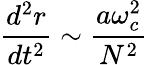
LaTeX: \frac{d^{2}r}{dt^{2}}\sim\frac{a\omega_{c}^{2}}{N^{2}}